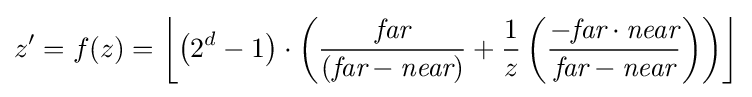
z'=f(z)=\left\lfloor \left(2^{d}-1\right)\cdot \left({\frac {\textit {far}}{\left({\textit {far}}-{\textit {near}}\right)}}+{\frac {1}{z}}\left({\frac {-{\textit {far}}\cdot {\textit {near}}}{{\textit {far}}-{\textit {near}}}}\right)\right)\right\rfloor